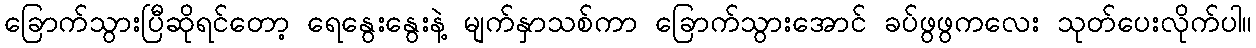
ခြောက်သွားပြီဆိုရင်တော့ ရေနွေးနွေးနဲ့ မျက်နှာသစ်ကာ ခြောက်သွားအောင် ခပ်ဖွဖွကလေး သုတ်ပေးလိုက်ပါ။